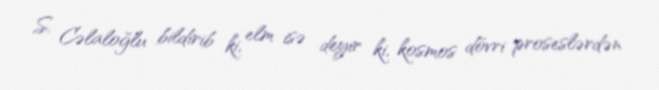
S. Cəlaloğlu bildirib ki, elm isə deyir ki, kosmos dövri proseslərdən